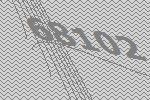
68102